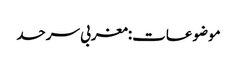
موضوعات:مغربی سرحد